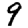
Digit: 9